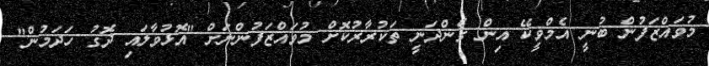
މުވައްޒަފުން ބުނީ އެމްވީކޭ އިން ގެންދަނީ ތަކުރާރުކޮށް މުވައްޒަފުންނަށް "އޮޅުވާލައި ދޮގު ހަދަމުން"